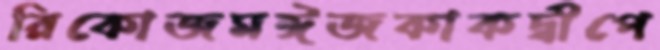
রিকোজমঈজকাকদ্বীপে